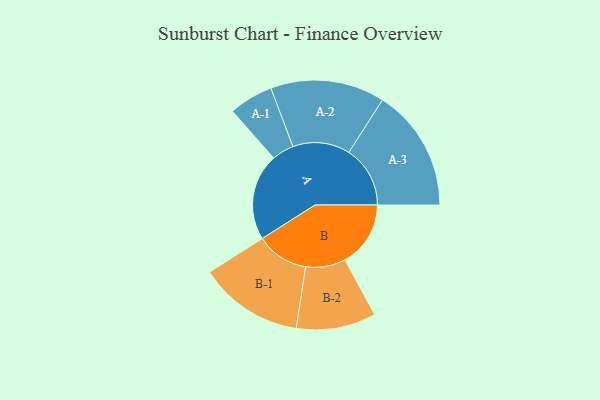
{"axis": {"x": "Segment", "y": "Value"}, "legend": ["", "A", "B"], "data": [{"x": "A", "y": 416, "type": ""}, {"x": "B", "y": 315, "type": ""}, {"x": "A-1", "y": 106, "type": "A"}, {"x": "A-2", "y": 274, "type": "A"}, {"x": "A-3", "y": 294, "type": "A"}, {"x": "B-1", "y": 251, "type": "B"}, {"x": "B-2", "y": 191, "type": "B"}]}